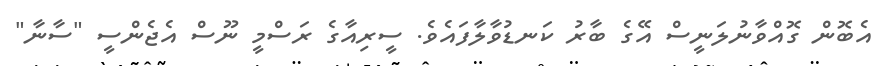
އެބޮން ގޮއްވާނުލަނީސް އޭގެ ބާރު ކަނޑުވާލާފައެވެ. ސީރިއާގެ ރަސްމީ ނޫސް އެޖެންސީ "ސާނާ"